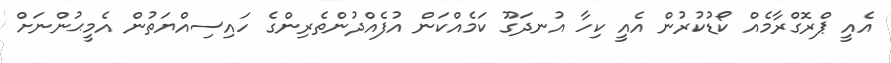
އެއީ ޕްރޮގްރާމެއް ކޯޑުކުރުން އެއީ ކިހާ އުނދަގޫ ކަމެއްކަން އުފެއްދުންތެރިންގެ ހައިސިއްޔަތުން އެމީޙުންނަށް